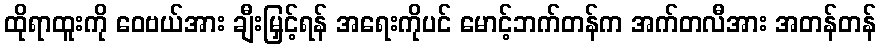
ထိုရာထူးကို ဝေဗယ်အား ချီးမြှင့်ရန် အရေးကိုပင် မောင့်ဘက်တန်က အက်တလီအား အတန်တန်